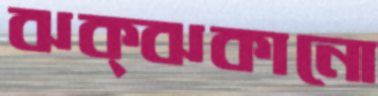
ঝক্‌ঝকানো